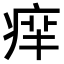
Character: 𤶪